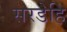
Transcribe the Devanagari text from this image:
सरडेहि